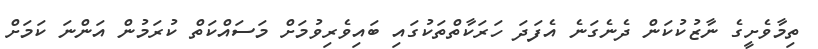
ތިމާވެށީގެ ނާޒުކުކަން ދެނެގަނެ އެފަދަ ހަރަކާތްތަކުގައި ބައިވެރިވުމަށް މަސައްކަތް ކުރަމުން އަންނަ ކަަމަށް